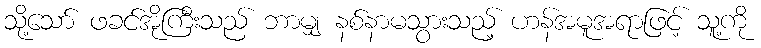
သို့သော် ဖခင်အိုကြီးသည် ဘာမျှ နစ်နာမသွားသည့် ဟန်အမူအရာဖြင့် သူ့ကို